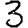
Digit: 3